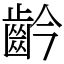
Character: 䶖